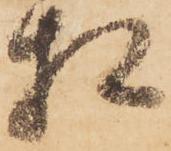
相